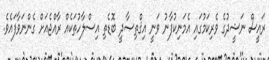
ރައީސް ނަޝީދުގެ ވެރިކަމުގައި އެމަނިކުފާނު ވަނީ އިޤްތިޞާދީ ބޮޑެތި އިސްލާހުތަކެއް ރާއްޖެއަށް ގެންނަވާފައެވެ.